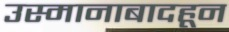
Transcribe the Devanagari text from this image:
उस्मानाबादहून